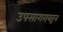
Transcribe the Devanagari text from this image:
उपसागरावरून